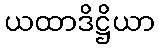
ယထာဒိဋ္ဌိယာ